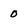
Character: 0